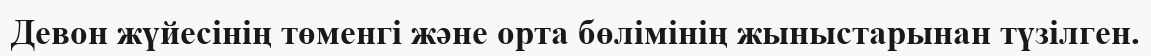
Девон жүйесінің төменгі және орта бөлімінің жыныстарынан түзілген.